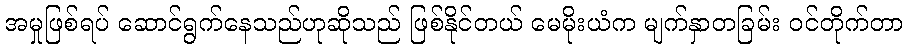
အမှုဖြစ်ရပ် ဆောင်ရွက်နေသည်ဟုဆိုသည် ဖြစ်နိုင်တယ် မေမိုးယံက မျက်နှာတခြမ်း ဝင်တိုက်တာ